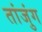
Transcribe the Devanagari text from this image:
तांजुंग